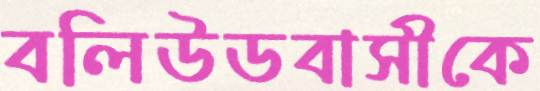
বলিউডবাসীকে